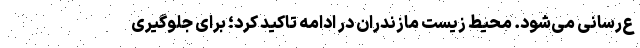
ع‌رسانی می‌شود. محیط زیست مازندران در ادامه تاکید کرد؛ برای جلوگیری